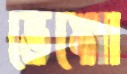
ভেঙ্গো